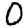
Digit: 0